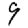
Digit: 9